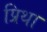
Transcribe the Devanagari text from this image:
प्रिथा